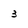
Character: 3